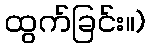
ထွက်ခြင်း။)